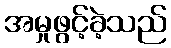
အမှုဖွင့်ခဲ့သည်